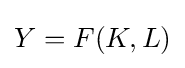
Y=F(K,L)